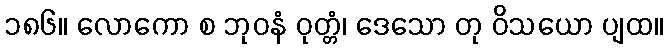
၁၈၆။ လောကော စ ဘုဝနံ ဝုတ္တံ၊ ဒေသော တု ဝိသယော ပျထ။